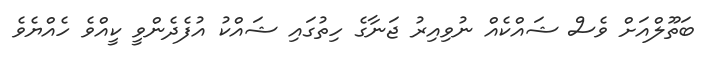
ބަތޫލްއަށް ވެސް ޝައްކެއް ނުވިއިރު ޖަނާގެ ހިތުގައި ޝައްކު އުފެދެންވީ ކީއްވެ ހެއްޔެވެ